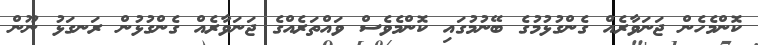
ކޮންމެެހެން ޖަނަވާރެއް ގެންގުޅުމުގެ ބޭނުމުގައި ކޮންމެވެސް ވައްތަރެއްގެ ޖަނަވާރެއް ގެންގުޅުން ރަނގަޅު ނޫން